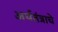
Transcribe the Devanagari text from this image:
अर्थतंत्राचे